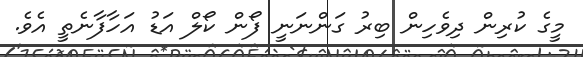
މީގެ ކުރިން ދިވެހިން ބިރު ގަންނަނީ ފޯން ކޯލް އަޑު އަހާފާނެތީ އެވެ.